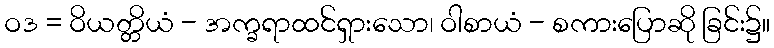
ဝဒ = ဝိယတ္တိယံ - အက္ခရာထင်ရှားသော၊ ဝါစာယံ - စကားပြောဆို ခြင်း၌။